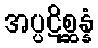
အပ္ပဋိစ္ဆန္နံ